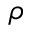
\rho